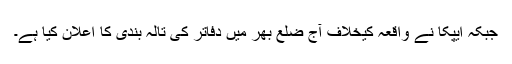
جبکہ ایپکا نے واقعہ کیخلاف آج ضلع بھر میں دفاتر کی تالہ بندی کا اعلان کیا ہے۔